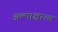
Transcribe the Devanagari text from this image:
अल्पाक्षरत्व